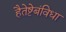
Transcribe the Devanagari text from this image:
हैतेष्टेबंविधा